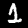
Digit: 1